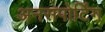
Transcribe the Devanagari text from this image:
अनसपोर्टिंग